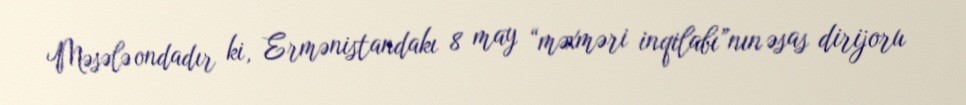
Məsələ ondadır ki, Ermənistandakı 8 may “məxməri inqilabı”nın əsas dirijoru